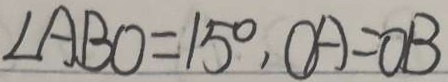
\angle A B O = 1 5 ^ { \circ } , O A = O B